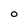
Character: O